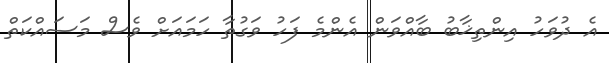
އެ ދުވަހު އިންތިޚާބު ބާއްވަން އެންމެ ފަހު ވަގުތާ ހަމައަށް ވެސް މަސައްކަތް